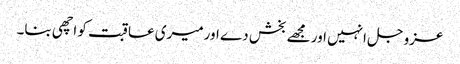
عزوجل انہیں اور مجھے بخش دے اورمیری عاقبت کو اچھی بنا۔